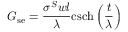
G _ { \mathrm { s e } } = \frac { \sigma ^ { S } w l } { \lambda } \mathrm { c s c h } \left( \frac { t } { \lambda } \right)